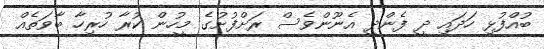
ބުއްފުޅި ހަދައި ދީ ފެންދީ އެނޫންވެސް ރަށްފުށުގެ މީހުން ކުރާ ހުރިހާ ބާވަތެއް